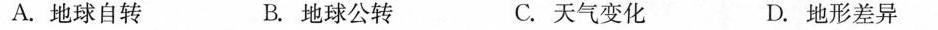
A.地球自转 B.地球公转 C.天气变化 D.地形差异